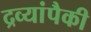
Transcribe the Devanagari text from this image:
द्रव्यांपैकी